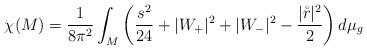
LaTeX: \begin{align*}\chi (M) = \frac{1}{8\pi^2} \int_M \left( \frac{s^2}{24} + |W_+|^2 + |W_-|^2 - \frac{|\mathring{r}|^2}{2} \right) d\mu_g\end{align*}